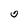
Character: 0